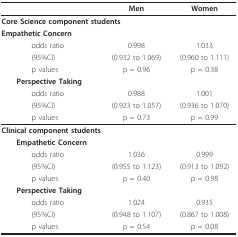
<table><thead><tr><td>[EMPTY_CELL]</td><td><b>Men</b></td><td><b>Women</b></td></tr></thead><tbody><tr><td colspan="3"><b>Core Science component students</b></td></tr><tr><td> <b>Empathetic Concern</b></td><td>[EMPTY_CELL]</td><td>[EMPTY_CELL]</td></tr><tr><td>odds ratio</td><td>0.998</td><td>1.033</td></tr><tr><td>(95%CI)</td><td>(0.932 to 1.069)</td><td>(0.960 to 1.111)</td></tr><tr><td>p values</td><td>p = 0.96</td><td>p = 0.38</td></tr><tr><td> <b>Perspective Taking</b></td><td>[EMPTY_CELL]</td><td>[EMPTY_CELL]</td></tr><tr><td>odds ratio</td><td>0.988</td><td>1.001</td></tr><tr><td>(95%CI)</td><td>(0.923 to 1.057)</td><td>(0.936 to 1.070)</td></tr><tr><td>p values</td><td>p = 0.73</td><td>p = 0.99</td></tr><tr><td colspan="3"><b>Clinical component students</b></td></tr><tr><td> <b>Empathetic Concern</b></td><td>[EMPTY_CELL]</td><td>[EMPTY_CELL]</td></tr><tr><td>odds ratio</td><td>1.036</td><td>0.999</td></tr><tr><td>(95%CI)</td><td>(0.955 to 1.123)</td><td>(0.913 to 1.092)</td></tr><tr><td>p values</td><td>p = 0.40</td><td>p = 0.98</td></tr><tr><td> <b>Perspective Taking</b></td><td>[EMPTY_CELL]</td><td>[EMPTY_CELL]</td></tr><tr><td>odds ratio</td><td>1.024</td><td>0.935</td></tr><tr><td>(95%CI)</td><td>(0.948 to 1.107)</td><td>(0.867 to 1.008)</td></tr><tr><td>p values</td><td>p = 0.54</td><td>p = 0.08</td></tr></tbody></table>